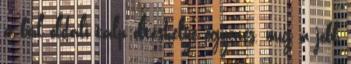
a bal oldali talp öltéshelye egyenes, míg a jobb